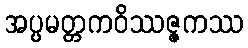
အပ္ပမတ္တကဝိဿဇ္ဇကဿ